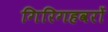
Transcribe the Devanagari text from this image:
गिरिगहवरों